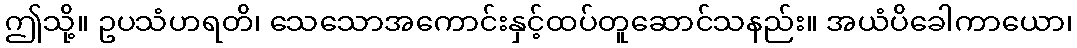
ဤသို့။ ဥပသံဟရတိ၊ သေသောအကောင်းနှင့်ထပ်တူဆောင်သနည်း။ အယံပိခေါကာယော၊